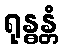
ရုန္ဓန္တံ